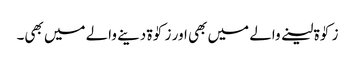
زکوٰۃ لینے والے میں بھی اور زکوٰۃ دینے والے میں بھی۔